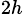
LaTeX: _{2h}